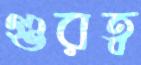
গুরত্ব